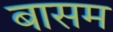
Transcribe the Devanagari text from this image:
बासम